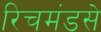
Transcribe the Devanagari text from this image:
रिचमंडसे